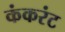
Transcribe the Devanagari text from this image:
कंकरंट